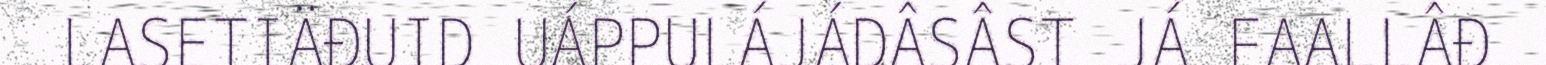
LASETIÄĐUID UÁPPULÁJÁDÂSÂST JÁ FAALLÂĐ